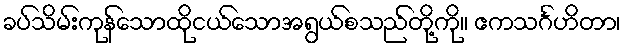
ခပ်သိမ်းကုန်သောထိုငယ်သောအရွယ်စသည်တို့ကို။ ဧကသင်္ဂဟိတာ၊